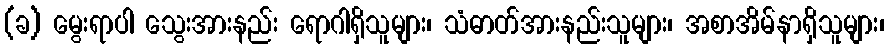
(ခ) မွေးရာပါ သွေးအားနည်း ရောဂါရှိသူများ၊ သံဓာတ်အားနည်းသူများ၊ အစာအိမ်နာရှိသူများ၊